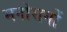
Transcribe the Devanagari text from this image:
मनोरागों